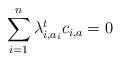
LaTeX: \begin{align*}\sum_{i=1}^n \lambda_{i,a_i}^t c_{i,a}=0\end{align*}